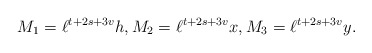
\begin{align*}M_1=\ell^{t+2s+3v} h, M_2=\ell^{t+2s+3v}x, M_3=\ell^{t+2s+3v} y.\end{align*}